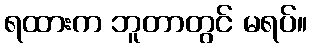
ရထားက ဘူတာတွင် မရပ်။